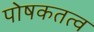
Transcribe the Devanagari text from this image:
पोषकतत्व